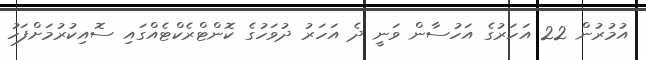
އުމުރުން 22 އަހަރުގެ އަހުސާން ވަނީ ދެ އަހަރު ދުވަހުގެ ކޮންޓްރެކްޓެއްގައި ސޮއިކުރުމަށްފަހު